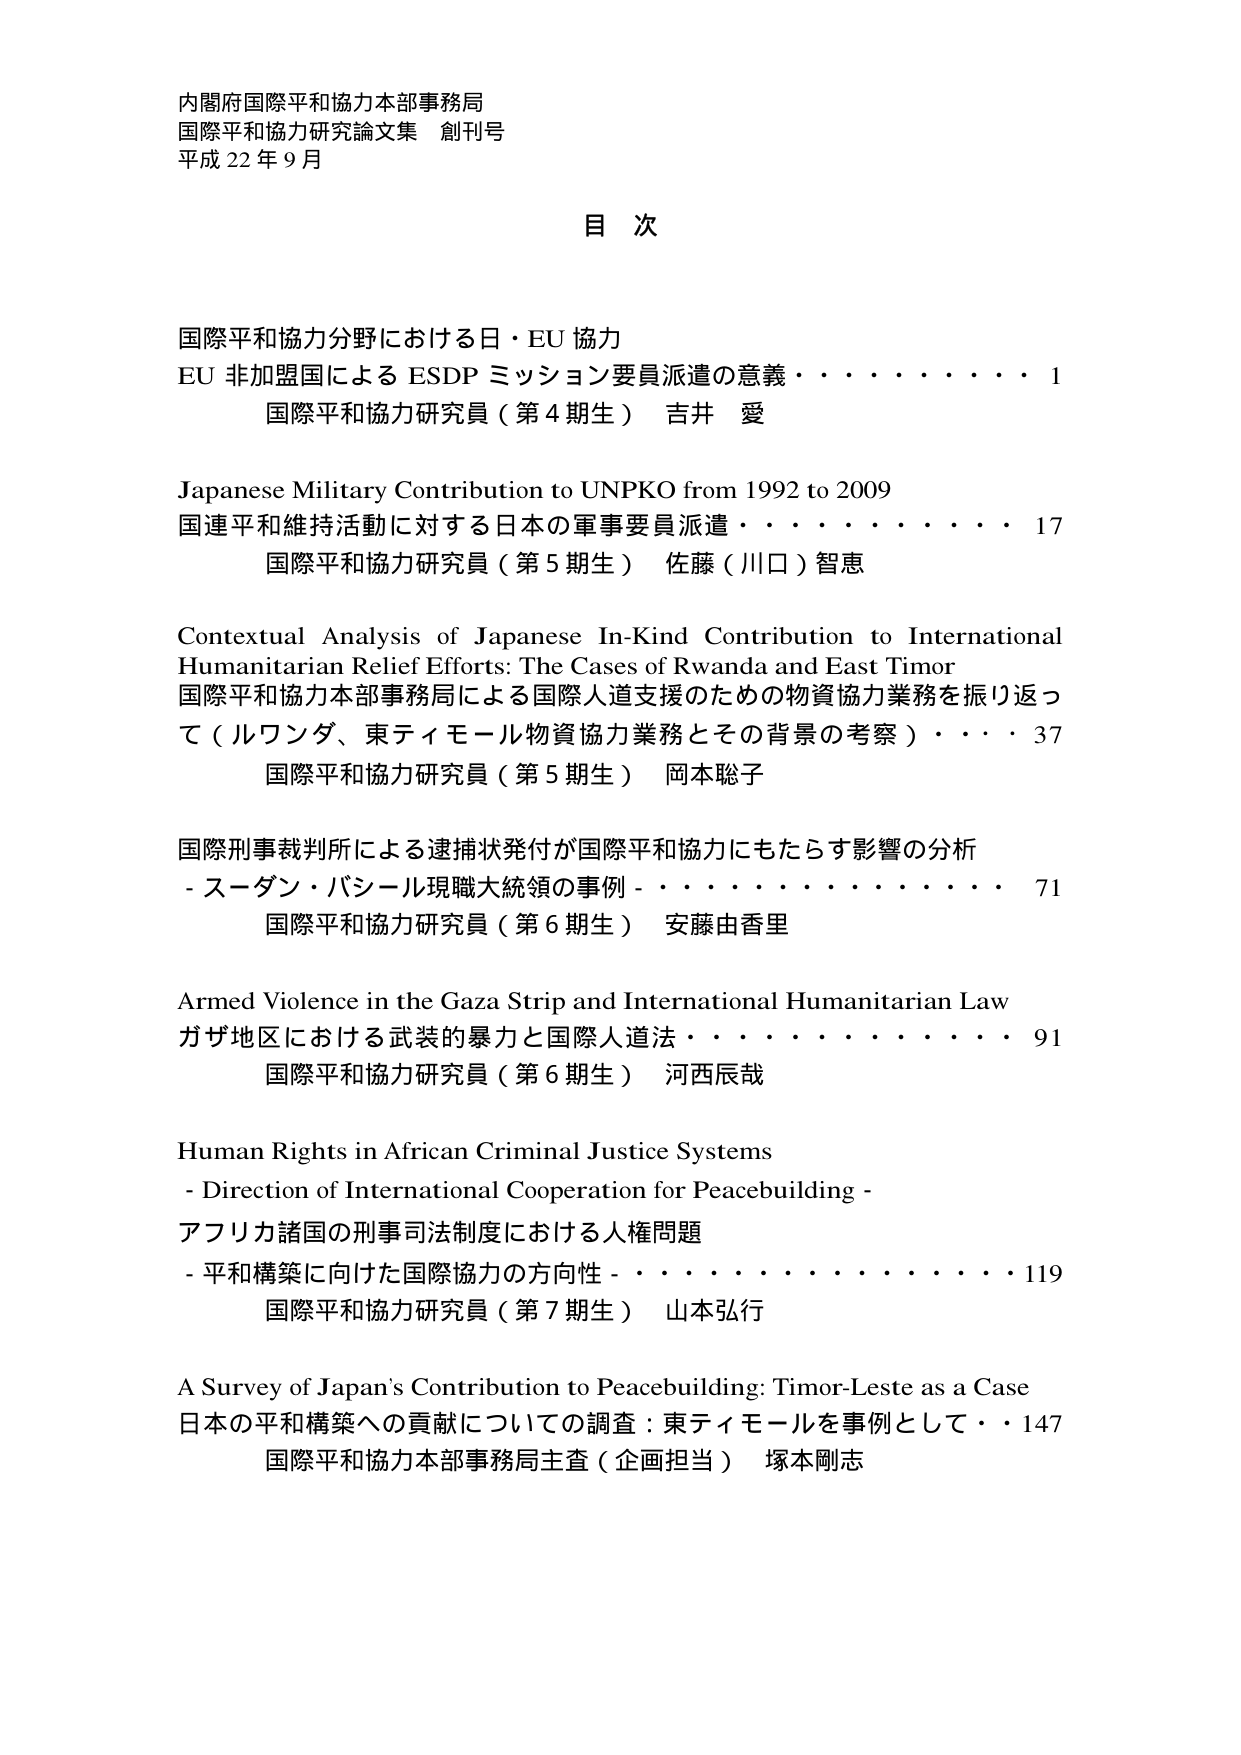
内閣府国際平和協力本部事務局
国際平和協力研究論文集 創刊号
平成22年9月

目 次

国際平和協力分野における日・EU協力
EU非加盟国によるESDPミッション要員派遣の意義・・・・・・・・・・1
国際平和協力研究員（第4期生） 吉井 愛

Japanese Military Contribution to UNPKO from 1992 to 2009
国連平和維持活動に対する日本の軍事要員派遣・・・・・・・・・・17
国際平和協力研究員（第5期生） 佐藤（川口）智恵

Contextual Analysis of Japanese In-Kind Contribution to International Humanitarian Relief Efforts: The Cases of Rwanda and East Timor
国際平和協力本部事務局による国際人道支援のための物資協力業務を振り返って（ルワンダ、東ティモール物資協力業務とその背景の考察）・・・・37
国際平和協力研究員（第5期生） 岡本聡子

国際刑事裁判所による逮捕状発付が国際平和協力にもたらす影響の分析
- スーダン・バシール現職大統領の事例 - ・・・・・・・・・・71
国際平和協力研究員（第6期生） 安藤由香里

Armed Violence in the Gaza Strip and International Humanitarian Law
ガザ地区における武装の暴力と国際人道法・・・・・・・・・・91
国際平和協力研究員（第6期生） 河西辰哉

Human Rights in African Criminal Justice Systems
- Direction of International Cooperation for Peacebuilding -
アフリカ諸国の刑事司法制度における人権問題
- 平和構築に向けた国際協力の方向性 - ・・・・・・・・・・119
国際平和協力研究員（第7期生） 山本弘行

A Survey of Japan's Contribution to Peacebuilding: Timor-Leste as a Case
日本の平和構築への貢献についての調査：東ティモールを事例として・・147
国際平和協力本部事務局主査（企画担当） 塚本剛志